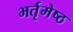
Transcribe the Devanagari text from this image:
भर्तृमेष्ठ